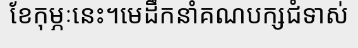
ខែកុម្ភៈនេះ។មេដឹកនាំគណបក្សជំទាស់